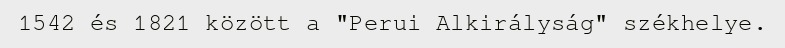
1542 és 1821 között a "Perui Alkirályság" székhelye.